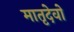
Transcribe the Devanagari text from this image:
मातृदेवो